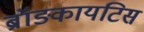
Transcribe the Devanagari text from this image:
ब्रॉङ्कायटिस